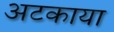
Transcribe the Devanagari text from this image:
अटकाया